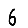
Digit: 6